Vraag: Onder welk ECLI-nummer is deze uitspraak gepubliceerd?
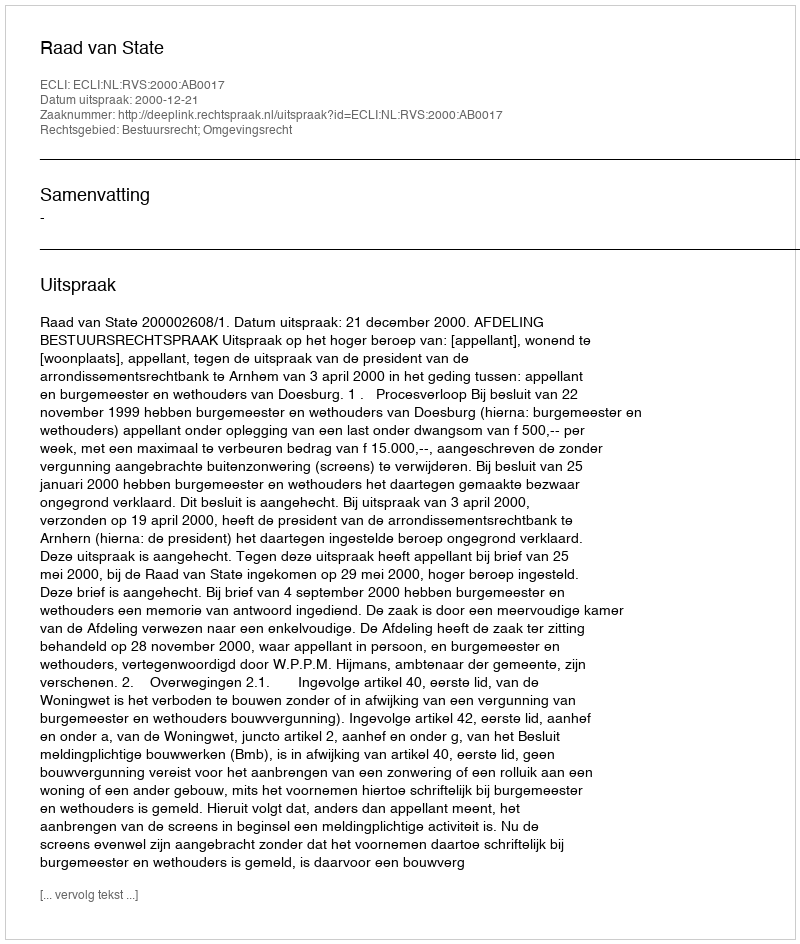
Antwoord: ECLI:NL:RVS:2000:AB0017